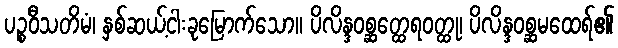
ပဉ္စဝီသတိမံ၊ နှစ်ဆယ့်ငါးခုမြောက်သော။ ပိလိန္ဒဝစ္ဆတ္ထေရဝတ္ထု၊ ပိလိန္ဒဝစ္ဆမထေရ်၏